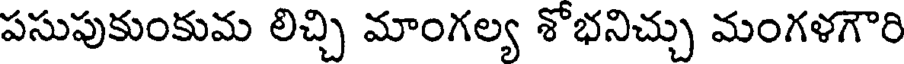
పసుపుకుంకుమ లిచ్చి మాంగల్య శోభనిచ్చు మంగళగౌరి